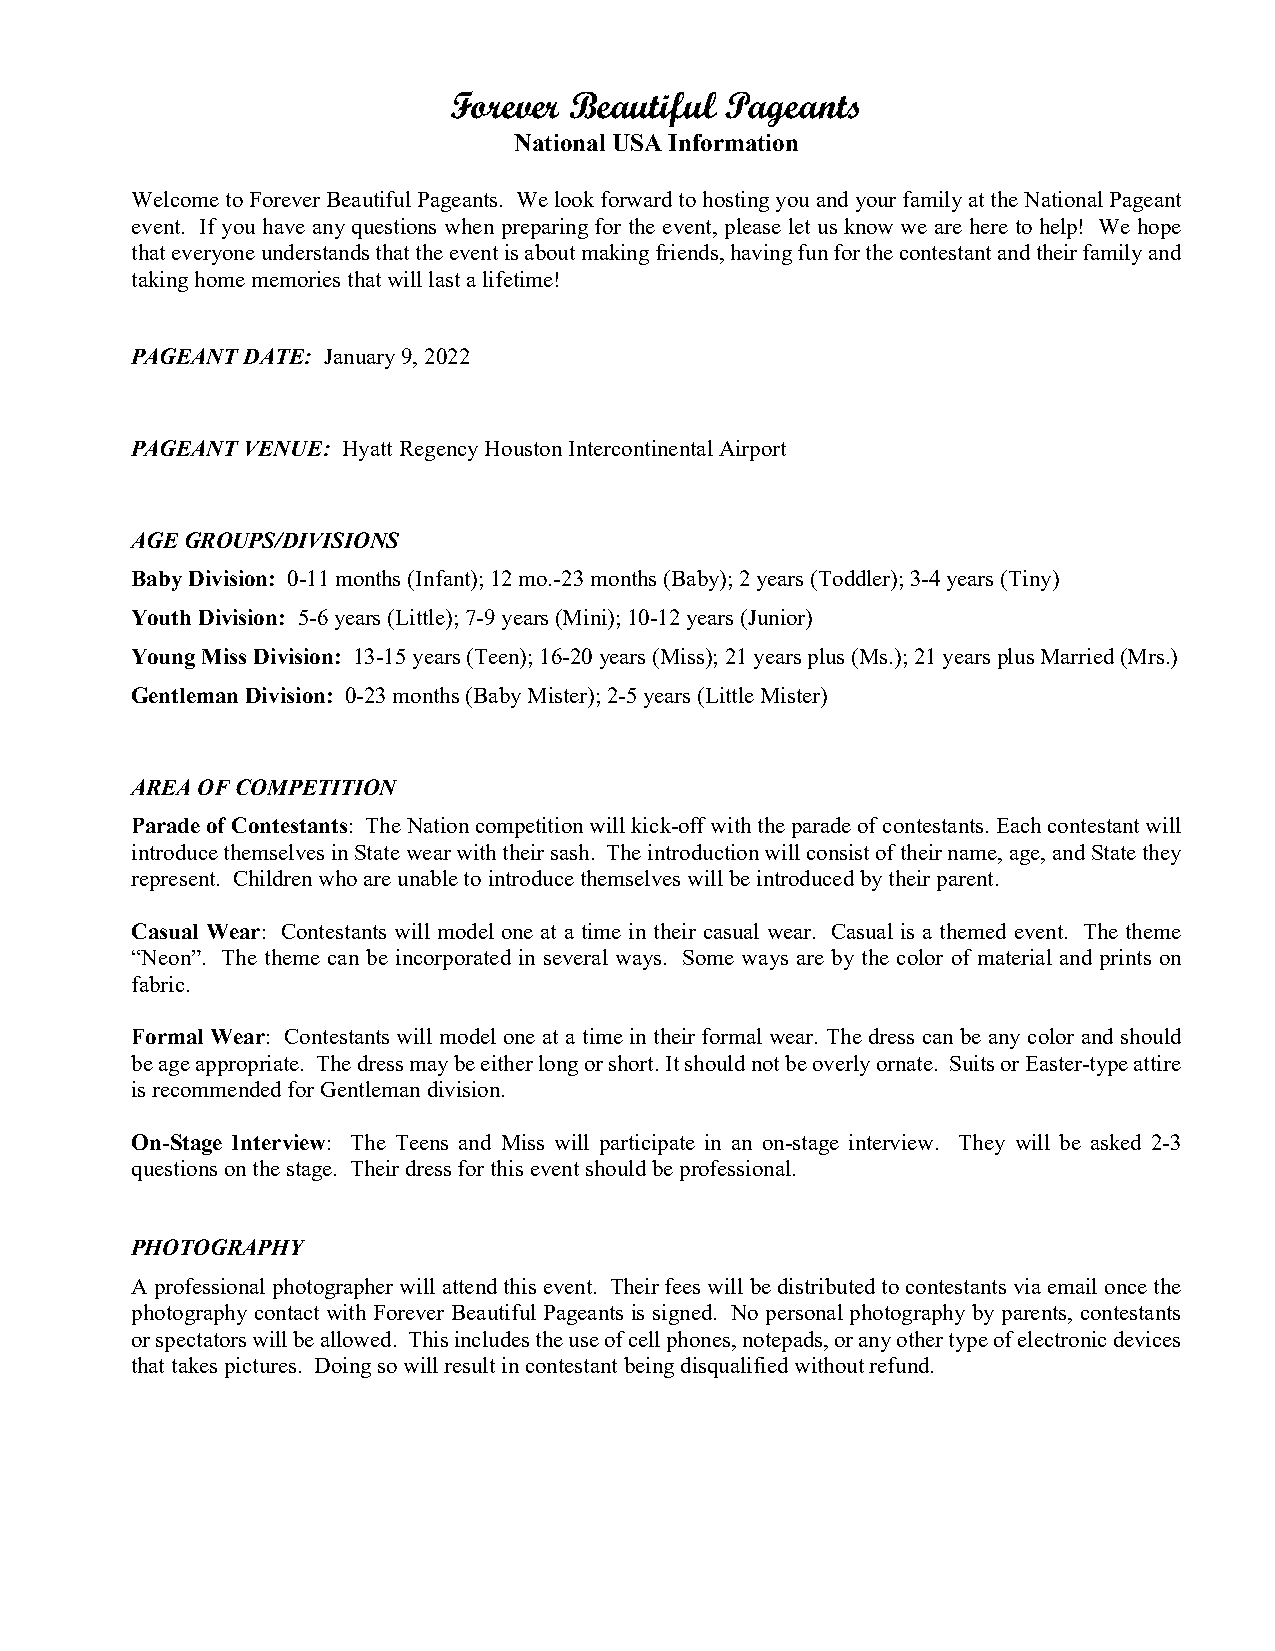
Forever Beautiful Pageants
 National USA Information
 Welcome to Forever Beautiful Pageants. We look forward to hosting you and your family at the National Pageant
 e vent. If you have any questions when preparing for the event, please let us know we are here to help! We hope
 that everyone understands that the event is about making friends, having fun for the contestant and their family and
 taking home memories that will last a lifetime!
 PAGEANT DATE: January 9, 2022
 PAGEANT VENUE: Hyatt Regency Houston Intercontinental Airport
 AGE GROUPS/DIVISIONS
 Baby Division: 0-11 months (Infant); 12 mo.-23 months (Baby); 2 years (Toddler); 3-4 years (Tiny)
 Youth Division: 5-6 years (Little); 7-9 years (Mini); 10-12 years (Junior)
 Young Miss Division: 13-15 years (Teen); 16-20 years (Miss); 21 years plus (Ms.); 21 years plus Married (Mrs.)
 Gentleman Division: 0-23 months (Baby Mister); 2-5 years (Little Mister)
 AREA OF COMPETITION
 Parade of Contestants: The Nation competition will kick-off with the parade of contestants. Each contestant will
 introduce themselves in State wear with their sash. The introduction will consist of their name, age, and State they
 represent. Children who are unable to introduce themselves will be introduced by their parent.
 Casual Wear: Contestants will model one at a time in their casual wear. Casual is a themed event. The theme
 “Neon”. The theme can be incorporated in several ways. Some ways are by the color of material and prints on
 fabric.
 Formal Wear: Contestants will model one at a time in their formal wear. The dress can be any color and should
 be age appropriate. The dress may be either long or short. It should not be overly ornate. Suits or Easter-type attire
 is recommended for Gentleman division.
 On-Stage Interview: The Teens and Miss will participate in an on-stage interview. They will be asked 2-3
 questions on the stage. Their dress for this event should be professional.
 PHOTOGRAPHY
 A professional photographer will attend this event. Their fees will be distributed to contestants via email once the
 photography contact with Forever Beautiful Pageants is signed. No personal photography by parents, contestants
 or spectators will be allowed. This includes the use of cell phones, notepads, or any other type of electronic devices
 that takes pictures. Doing so will result in contestant being disqualified without refund.